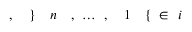
i \! \! \! \! \! \! \! \! \! \! \! \! \in \! \! \! \! \! \! \! \! \! \! \! \! \{ \! \! \! \! \! \! \! \! \! \! \! \! 1 \! \! \! \! \! \! \! \! \! \! \! \! , \! \! \! \! \! \! \! \! \! \! \! \! \ldots \! \! \! \! \! \! \! \! \! \! \! \! , \! \! \! \! \! \! \! \! \! \! \! \! n \! \! \! \! \! \! \! \! \! \! \! \! \} \! \! \! \! \! \! \! \! \! \! \! \! , \! \! \! \! \! \! \! \! \! \! \!